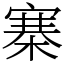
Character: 寨